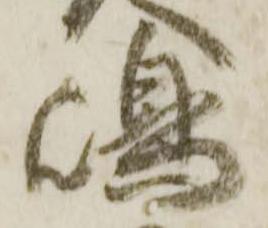
嶋